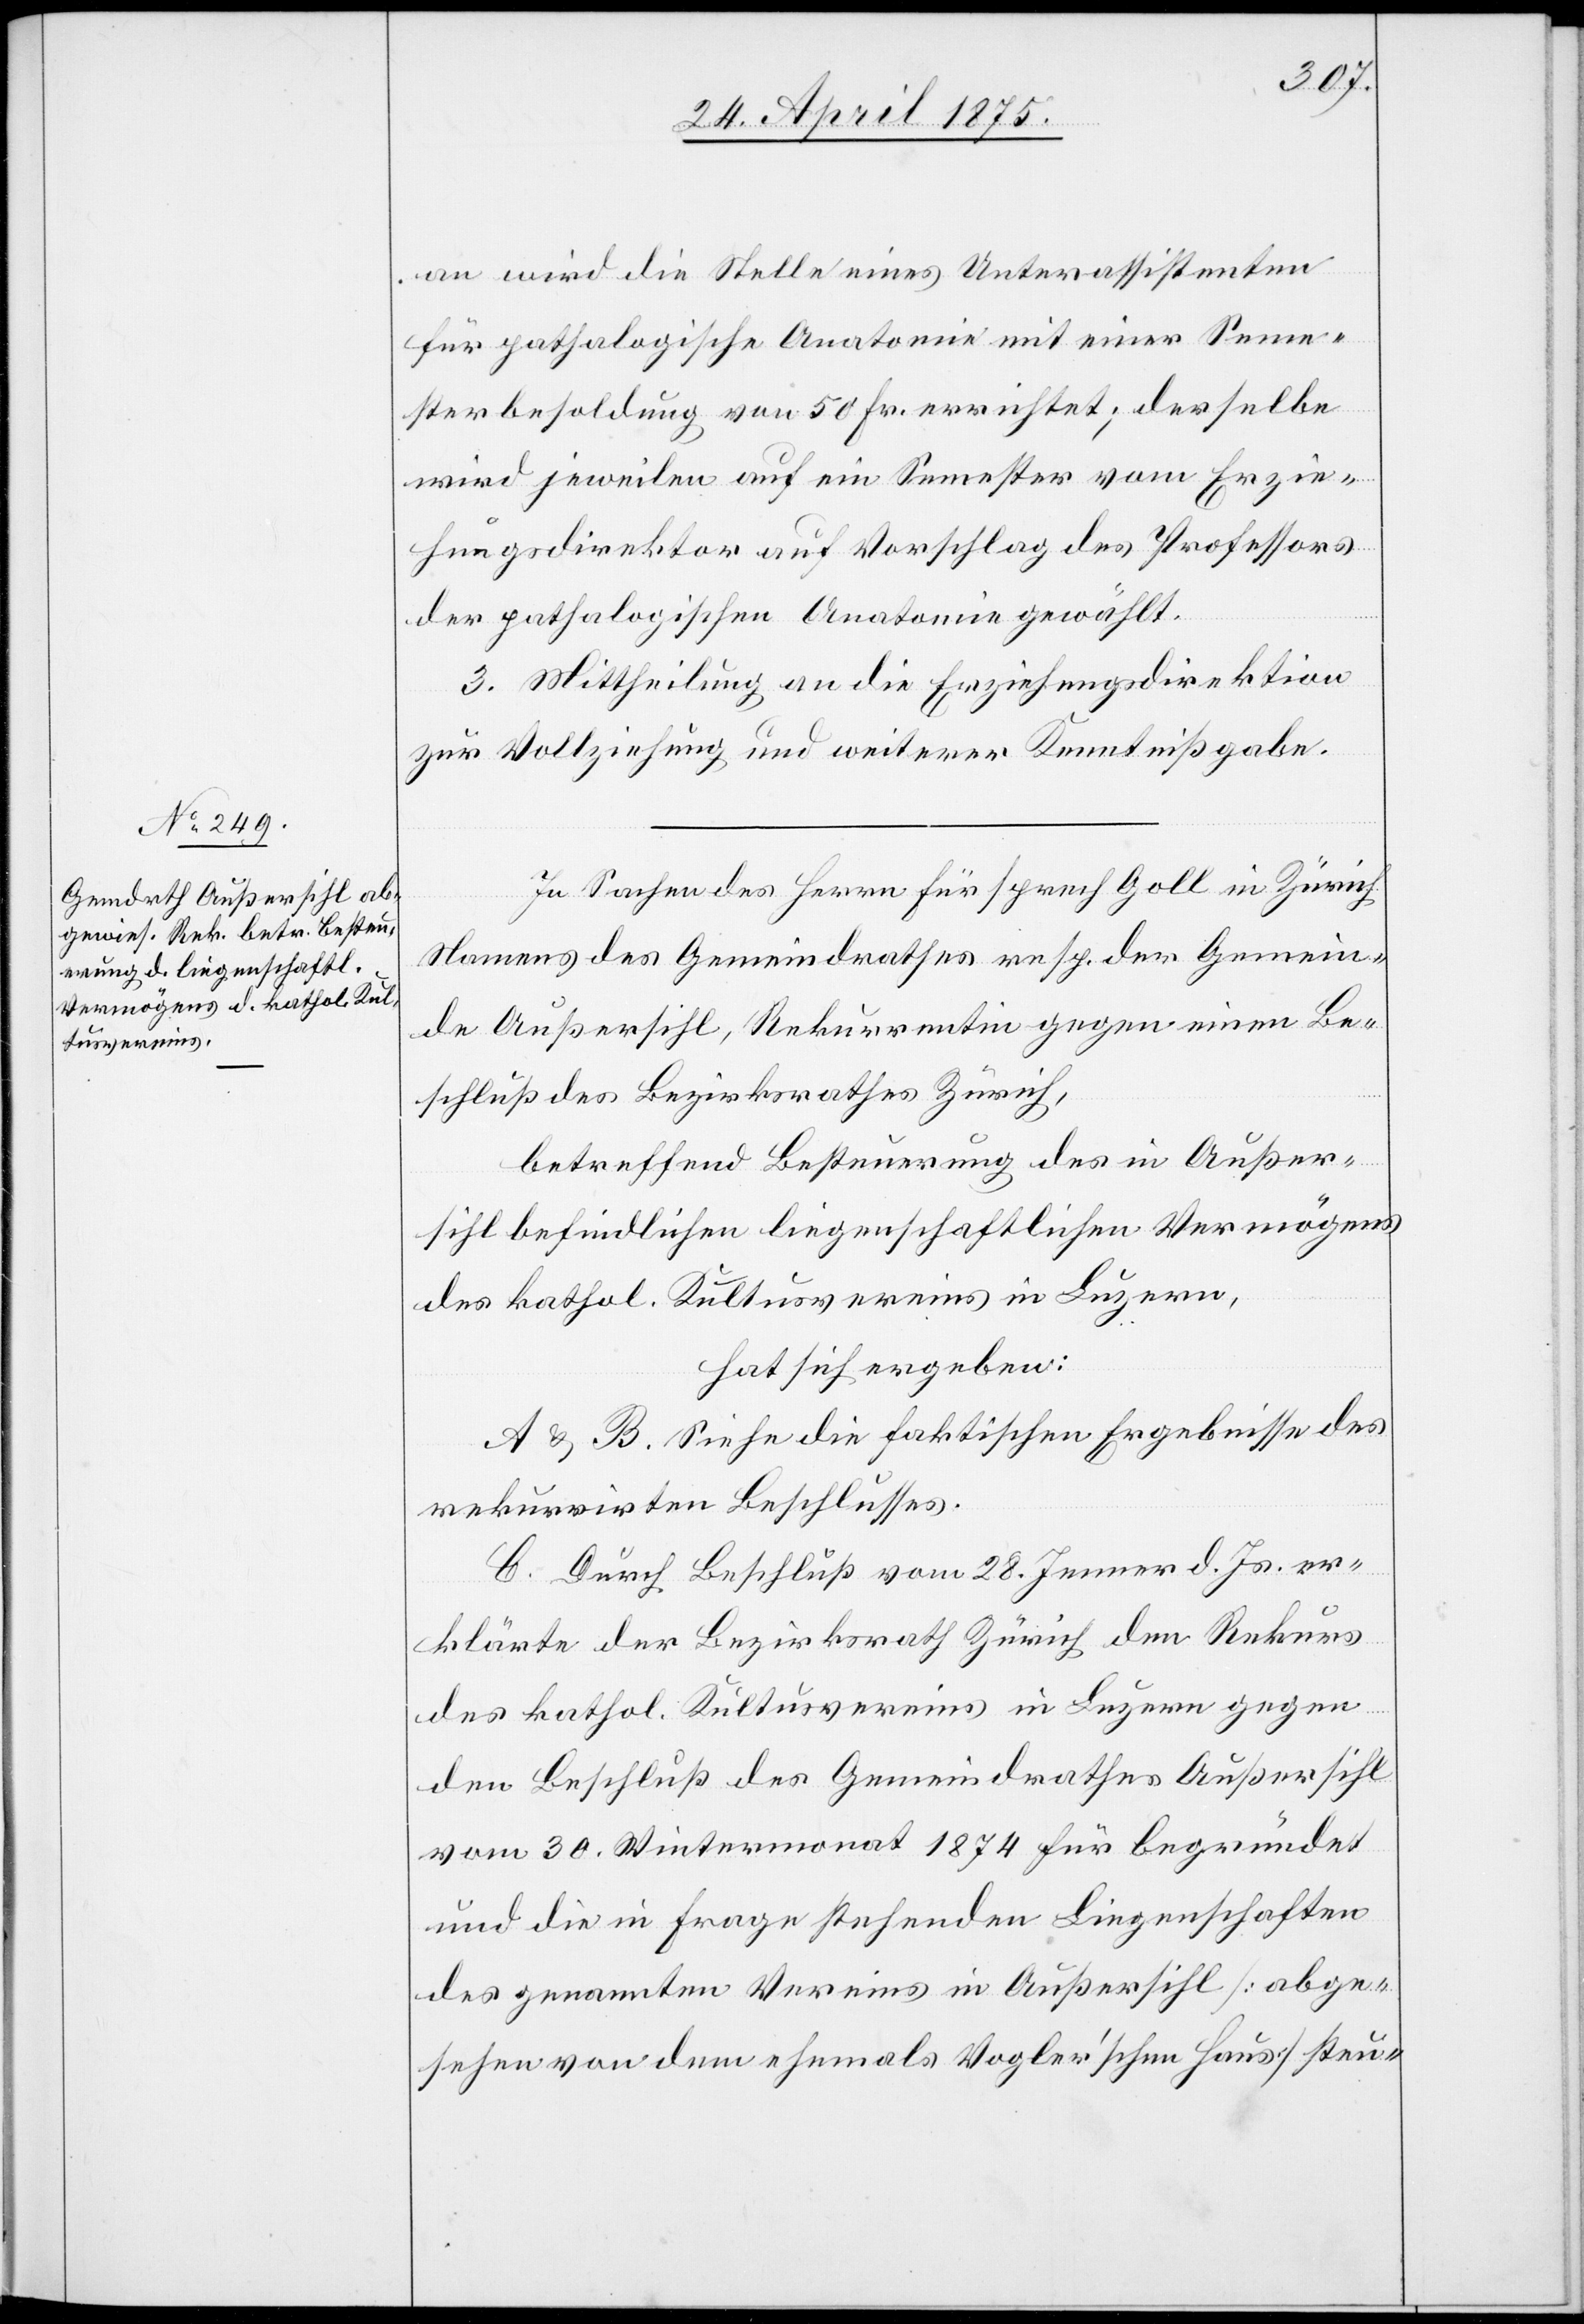
an wird die Stelle eines Unterassistenten
für pathologische Anatomie mit einer Seme¬
sterbesoldung von 50 Fr. errichtet; dasselbe
wird jeweilen auf ein Semester vom Erzie¬
hungsdirektor auf Vorschlag des Professors
der pathologischen Anatomie gewählt.
3. Mittheilung an die Erziehungsdirektion
zur Vollziehung und weiterer Kenntnißgabe.
In Sachen des Herrn für Fürsprech Goll in Zürich
Namens des Gemeindrathes resp. der Gemein¬
de Außersihl, Rekurrentin gegen einen Be¬
schluß des Bezirksrathes Zürich,
betreffend Besteuerung des in Außer¬
sihl befindlichen liegenschaftlichen Vermögens
des kathol. Kultusvereins in Luzern,
hat sich ergeben:
A & B. Siehe die faktischen Ergebnisse des
rekurrirten Beschlusses.
C. Durch Beschluß vom 28. Jenner d. Js. er¬
klärte der Bezirksrath Zürich den Rekurs
des kath. Kultusvereins Luzern gegen
den Beschluß des Gemeindrathes Außersihl
vom 30. Wintermonat 1874 für begründet
und die in Frage stehenden Liegenschaften
des genannten Vereins in Außersihl [abge¬
sehen von dem ehemals Vogler’schen Haus] steu-